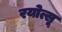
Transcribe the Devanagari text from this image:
रयोत्सू